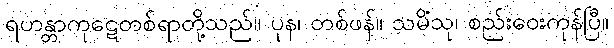
ရဟန္တာကုဋေတစ်ရာတို့သည်။ ပုန၊ တစ်ဖန်။ သမိံသု၊ စည်းဝေးကုန်ပြီ။